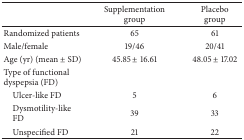
<table><thead><tr><td><b> </b></td><td><b>Supplementation group</b></td><td><b>Placebo group</b></td></tr></thead><tbody><tr><td>Randomized patients</td><td>65</td><td>61</td></tr><tr><td>Male/female</td><td>19/46</td><td>20/41</td></tr><tr><td>Age (yr) (mean ± SD)</td><td>45.85 ± 16.61</td><td>48.05 ± 17.02</td></tr><tr><td>Type of functional dyspepsia (FD)</td><td> </td><td> </td></tr><tr><td> Ulcer-like FD</td><td>5</td><td>6</td></tr><tr><td> Dysmotility-like FD</td><td>39</td><td>33</td></tr><tr><td> Unspecified FD</td><td>21</td><td>22</td></tr></tbody></table>